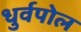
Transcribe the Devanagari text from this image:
धुर्वपोल